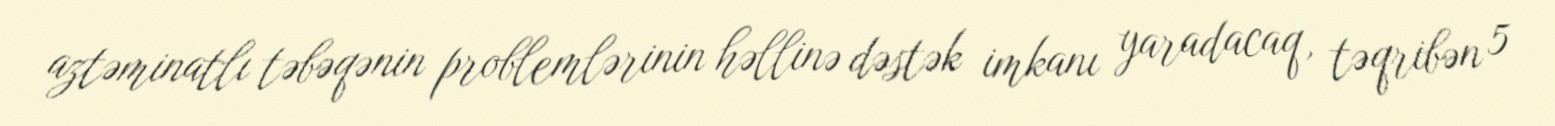
aztəminatlı təbəqənin problemlərinin həllinə dəstək imkanı yaradacaq, təqribən 5